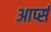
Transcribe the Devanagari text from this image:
आर्प्स